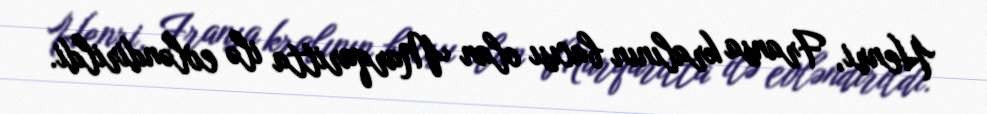
Henri, Fransa kralının bacısı olan Marqaritta ilə evləndirildi.